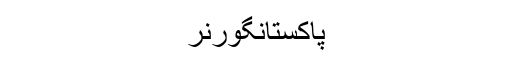
پاکستانگورنر